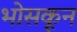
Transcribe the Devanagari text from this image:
भोसकून